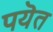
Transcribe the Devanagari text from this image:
पयॆत